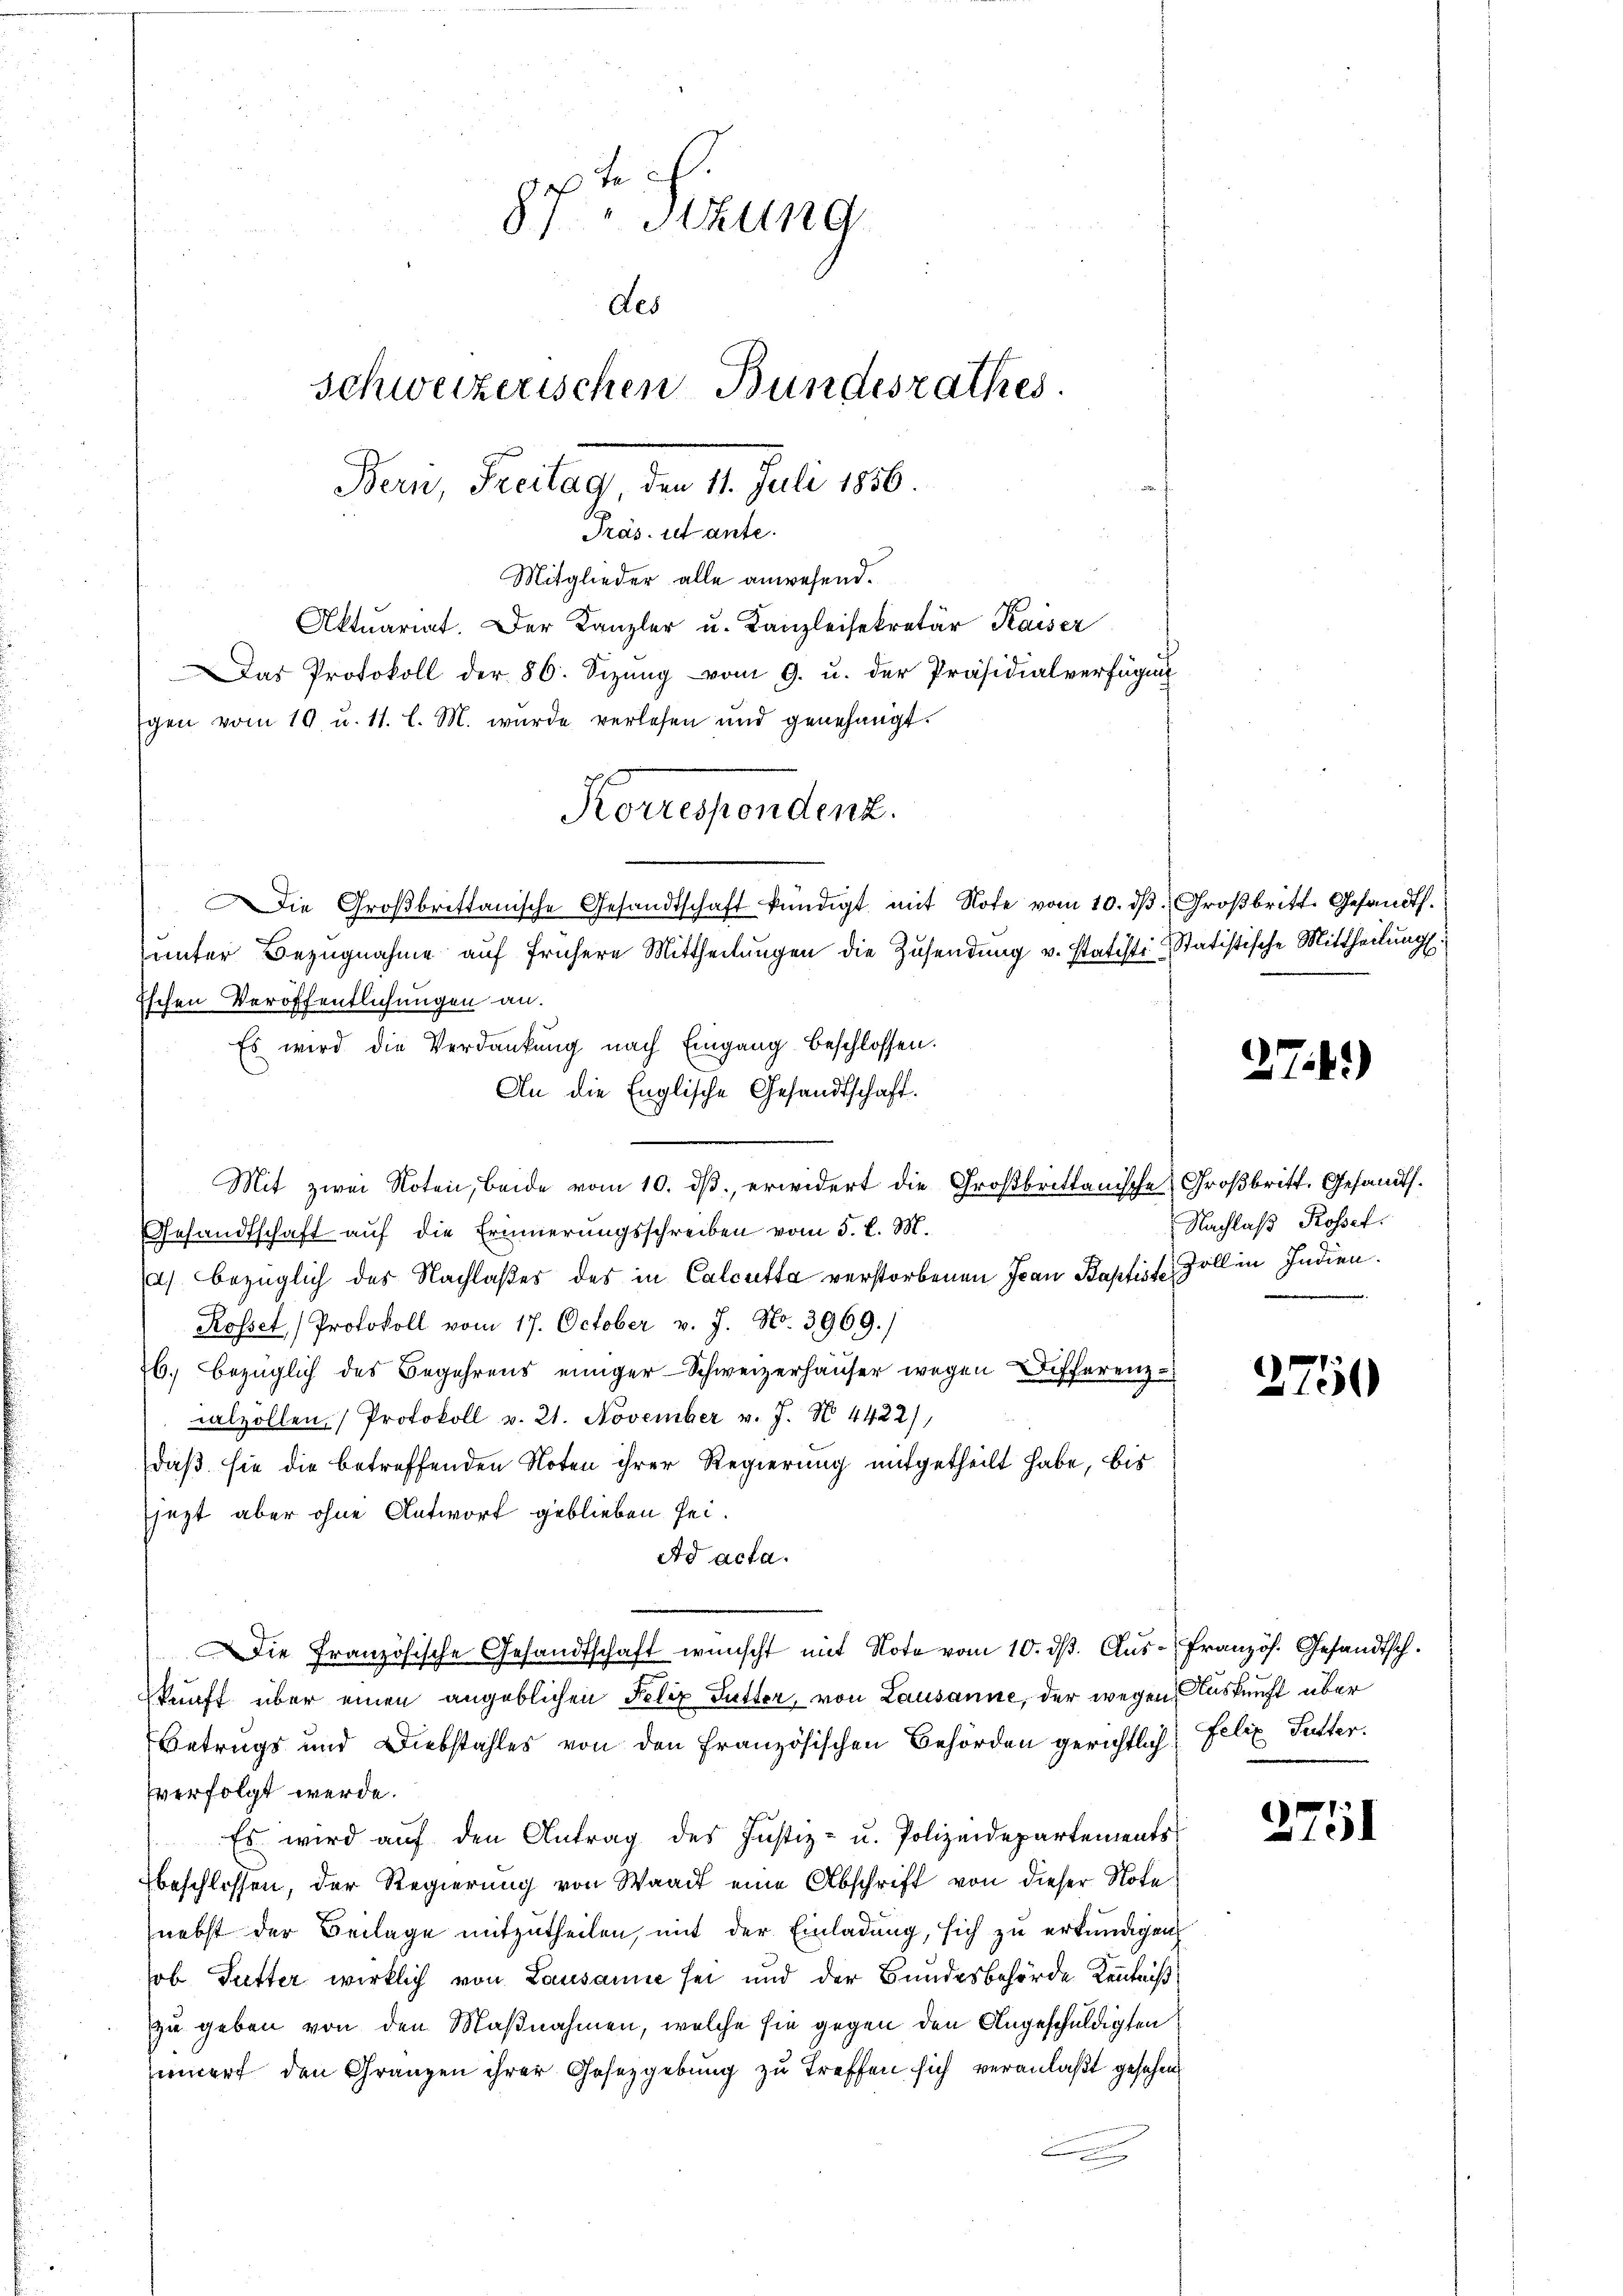
f
7." Sizung
des
Schweizerischen Bundesrathes.
Bern, Freitag, den 1. Juli 186.

Präs. ist ante.
Mitglieder alle anwesend.
Aktuariat. Der Kanzler u. Kanzleisekretär Kaiser
Das Protokoll der 86. Sizŭng vom 9. u. der Präsidialverfügung
gen vom 10. u. 11. l. M. wurde verlesen und genehmigt.
ie Groβbrettanische Gesandtschaft kündigt mit Note vom 10. dβ. Großbritt. Gesandt.
unter Bezugnahme auf frühere Mittheilŭngen die Zusendung v. Statisti-Statistische Mittheilung.
Eschen Veröffentlichungen an.
Es wird die Verdankung nach Eingang beschlossen.
An die Englische Gesandtschaft.
Mit zwei Noten, beide vom 10. ds., erwidert die Großbrittanische Großbritt. Gesandts.
Gesandtschaft auf die Erinnerungsschreiben vom 5. d. M.
) bezüglich des Nachlaßes des in Calcutta verstorbenen Jean Baptist Zollin Indien¬
Rosset, (Protokoll vom 17. October v. J. No. 3969.)
26. bezüglich des Begehrens einiger Schweizerhäuser wegen Differenzalzollen Protokoll v. 21. November v. J. N. 4422),
daß sie die betreffenden Noten ihrer Regierung mitgetheilt habe, bis
jezt aber ohne Antwort geblieben sei.
Ad acta.
Die Französische Gesandtschaft wünscht mit Note vom 10. dβ. Aŭs- Französ. Gesandtsch.
kunft über einen angeblichen Felix Futter, von Lausanne, der wegen Auskunft über
Betrugs und Diebstahles von den Französischen Behörden gerichtlich, Felix Futter.
verfolgt werde.
Es wird auf den Antrag des Justiz- u. Polizeidepartements
beschlossen, der Regierung von Waadt eine Abschrift von dieser Note
nebst der Beilage mitzutheilen, mit der Einladung, sich zu erkundigen,
sob Futter wirklich von Lausanne sei und der Bundesbehörde Kenntniß
zu geben von den Maßnahmen, welche sie gegen den Angeschuldigten
innert den Gränzen ihrer Gesetzgebung zu treffen sich veranlaßt gesehen
.

Korrespondenz.

2741)

Nachlaß Rosset.
.

2750

2751